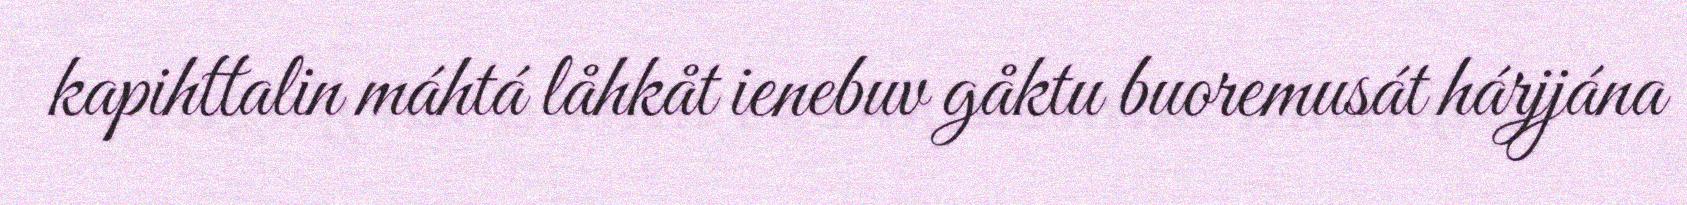
kapihttalin máhtá låhkåt ienebuv gåktu buoremusát hárjjána